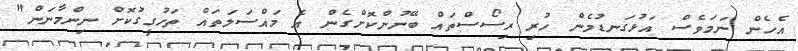
އެހެން ނަމަވެސް އަޅުގަނޑުމެން ހުރި ރިސޯސްތައް ބޭނުންކޮށްގެން އެ މައްސަލަތައް ތަހުގީގުކޮށް ނިންމާނަން"